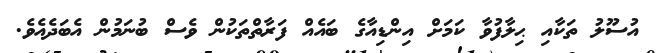
އުސޫލު ތަކާއި ޙިލާފުވާ ކަމަށް އިންޑިއާގެ ބައެއް ފަރާތްތަކުން ވެސް ބުނަމުން އެބަދެއެވެ.